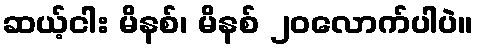
ဆယ့်ငါး မိနစ်၊ မိနစ် ၂၀လောက်ပါပဲ။